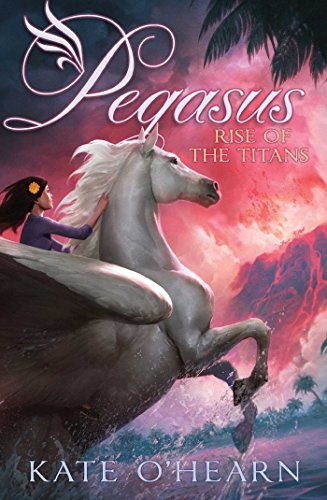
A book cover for Rise of the Titans (Pegasus); Kate O'Hearn; Children's Books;